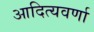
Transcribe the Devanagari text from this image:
आदित्यवर्णा